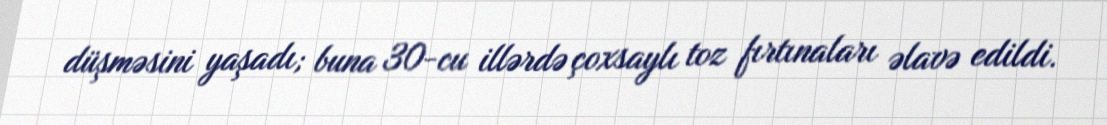
düşməsini yaşadı; buna 30-cu illərdə çoxsaylı toz fırtınaları əlavə edildi.